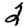
Digit: 2